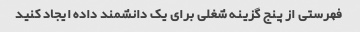
فهرستی از پنج گزینه شغلی برای یک دانشمند داده ایجاد کنید